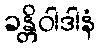
ခန္တိဝါဒါနံ